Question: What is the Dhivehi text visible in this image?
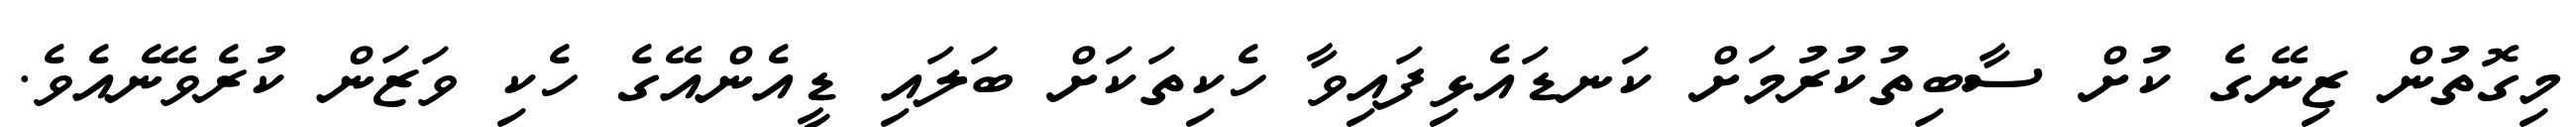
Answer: މިގޮތުން ޒިނޭގެ ކުށް ސާބިތުކުރުމަށް ކަނޑައެޅިފައިވާ ހެކިތަކަށް ބަލައި ޑީއެންއޭގެ ހެކި ވަޒަން ކުރެވޭނެއެވެ.